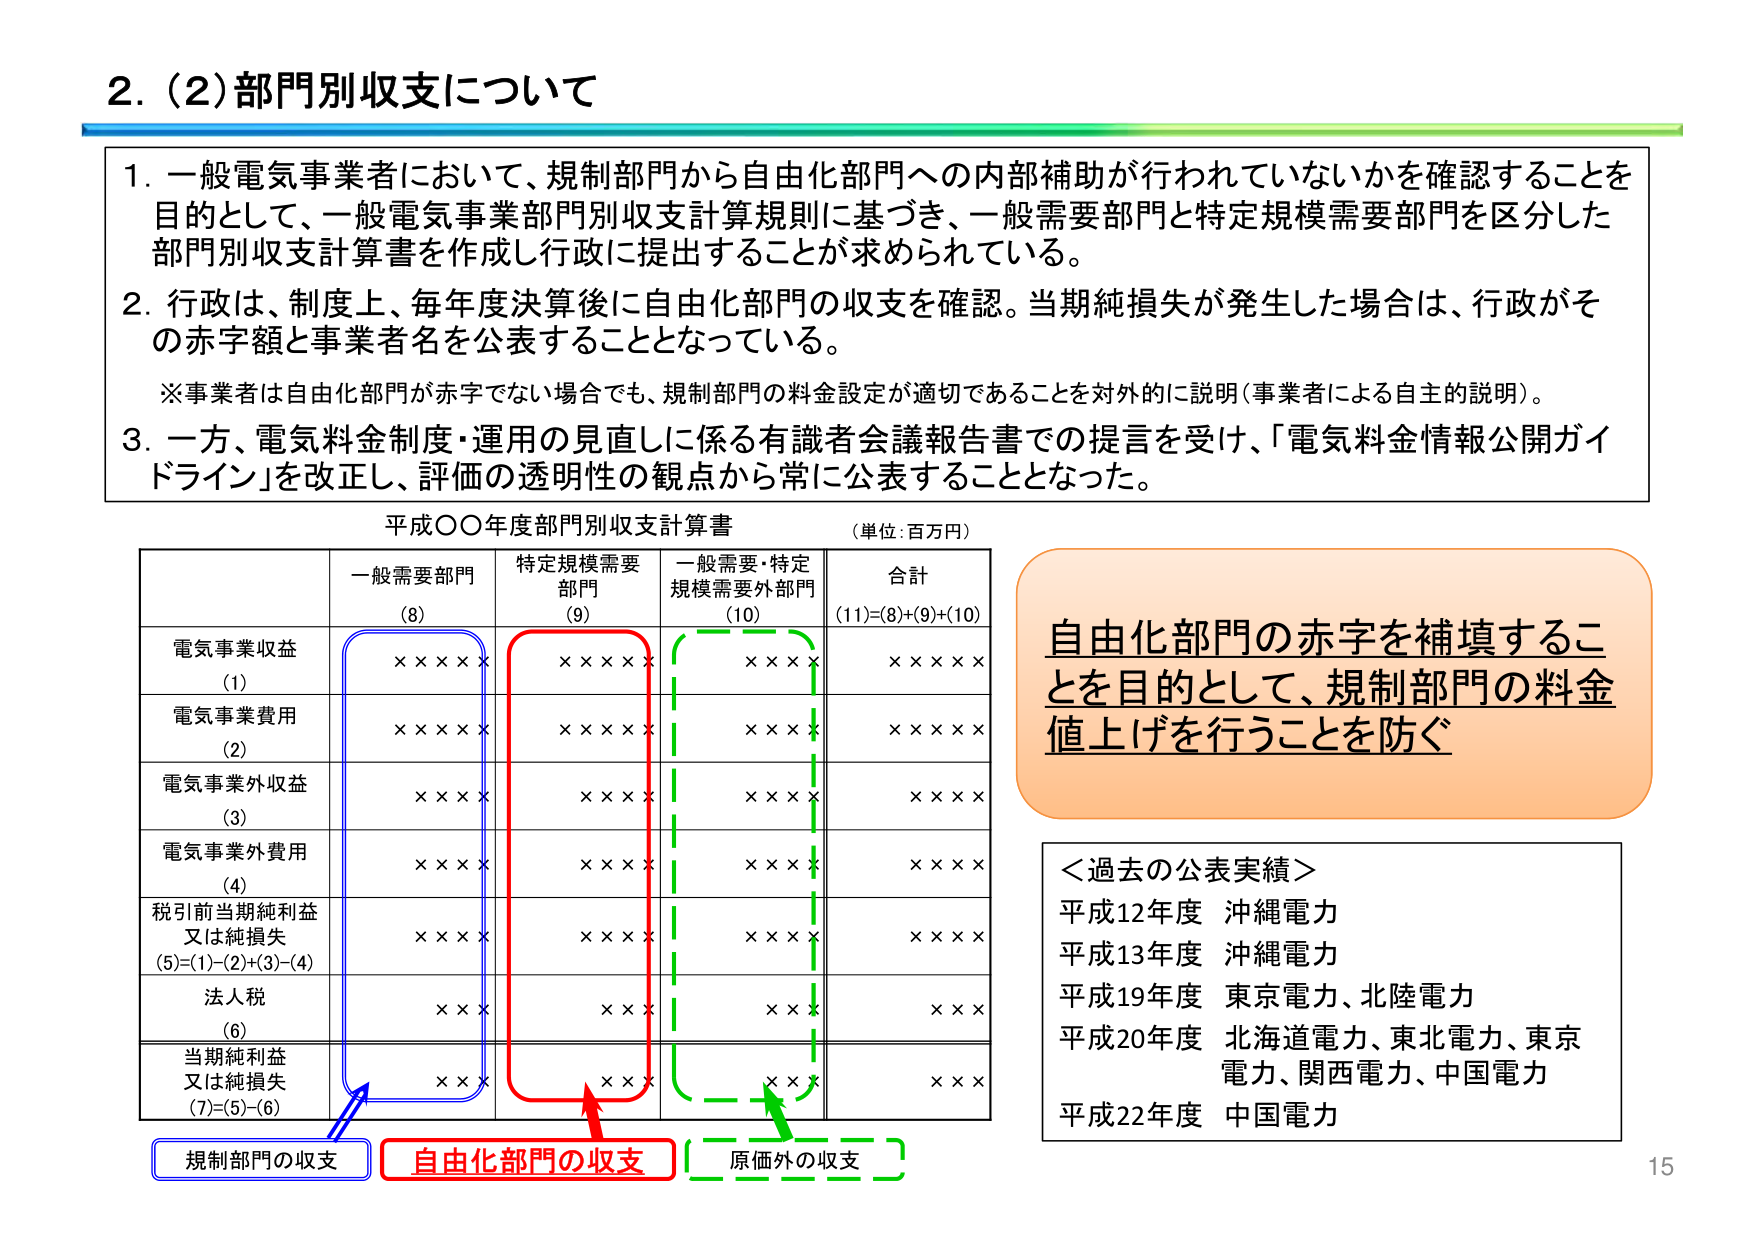
2. (2) 部門別収支について

1. 一般電気事業者において、規制部門から自由化部門への内部補助が行われていないかを確認することを目的として、一般電気事業部門別収支計算規則に基づき、一般需要部門と特定規模需要部門を区分した部門別収支計算書を作成し行政に提出することが求められている。

2. 行政は、制度上、毎年度決算後に自由化部門の収支を確認。当期純損失が発生した場合は、行政がその赤字額と事業者名を公表することとなっている。

※事業者は自由化部門が赤字でない場合でも、規制部門の料金設定が適切であることを対外的に説明（事業者による自主的説明）。

3. 一方、電気料金制度・運用の見直しに係る有識者会議報告書での提言を受け、「電気料金情報公開ガイドライン」を改正し、評価の透明性の観点から常に公表することとなった。

平成〇〇年度部門別収支計算書 （単位：百万円）

| | 一般需要部門 (8) | 特定規模需要部門 (9) | 一般需要・特定規模需要外部門 (10) | 合計 (11)=(8)+(9)+(10) |
|---|---|---|---|---|
| 電気事業収益 (1) | ××××× | ××××× | ×××× | ××××× |
| 電気事業費用 (2) | ××××× | ××××× | ×××× | ××××× |
| 電気事業外収益 (3) | ×××× | ×××× | ×××× | ×××× |
| 電気事業外費用 (4) | ×××× | ×××× | ×××× | ×××× |
| 税引前当期純利益又は純損失 (5)=(1)-(2)+(3)-(4) | ×××× | ×××× | ×××× | ×××× |
| 法人税 (6) | ××× | ××× | ××× | ××× |
| 当期純利益又は純損失 (7)=(5)-(6) | ××× | ××× | ××× | ××× |

規制部門の収支
自由化部門の収支
原価外の収支

自由化部門の赤字を補填することを目的として、規制部門の料金値上げを行うことを防ぐ

＜過去の公表実績＞
平成12年度 沖縄電力
平成13年度 沖縄電力
平成19年度 東京電力、北陸電力
平成20年度 北海道電力、東北電力、東京電力、関西電力、中国電力
平成22年度 中国電力

15